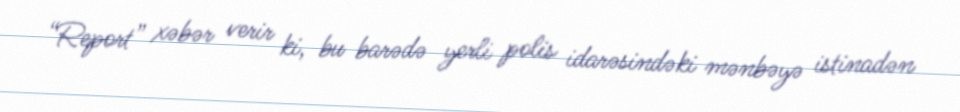
“Report” xəbər verir ki, bu barədə yerli polis idarəsindəki mənbəyə istinadən